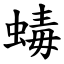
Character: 蝳